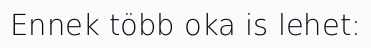
Ennek több oka is lehet: